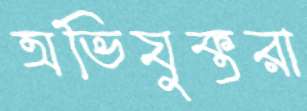
অভিযুক্তরা